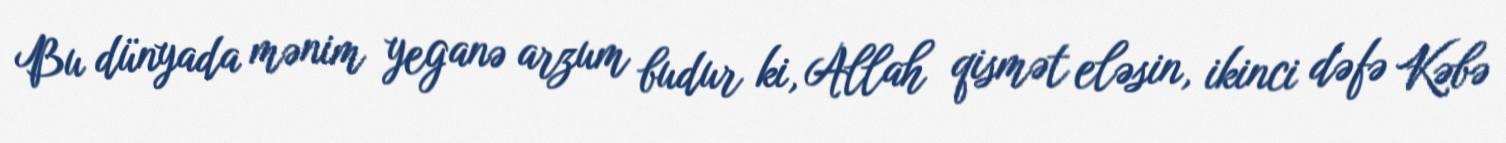
Bu dünyada mənim yeganə arzum budur ki, Allah qismət eləsin, ikinci dəfə Kəbə